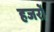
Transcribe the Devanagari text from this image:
हजरों